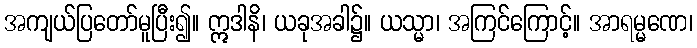
အကျယ်ပြတော်မူပြီး၍။ ဣဒါနိ၊ ယခုအခါ၌။ ယသ္မာ၊ အကြင်ကြောင့်။ အာရမ္မဏေ၊